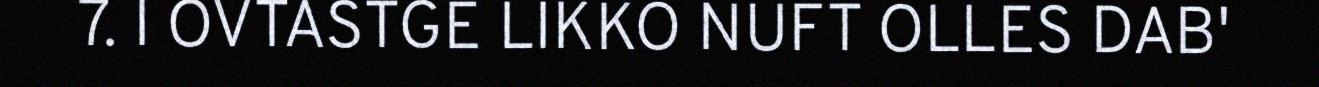
7. I OVTASTGE LIKKO NUFT OLLES DAB'